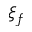
\xi _ { f }